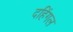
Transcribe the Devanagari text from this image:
दहिंगल